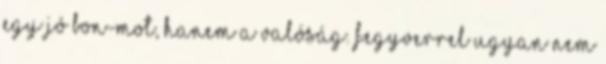
egy jó bon-mot, hanem a valóság. Fegyverrel ugyan nem